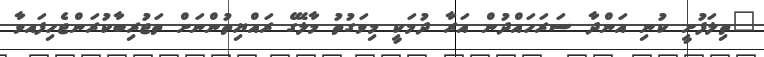
"ތިލަފުށީ ކުނި އަންދާ ސަރަހައްދުން އަރާ ދުމަކީ މިވަގުތު މާލޭގެ ރައްޔިތުންނަށް ތަޖުރިބާކުރަންޖެހިފައވާ